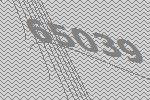
65039